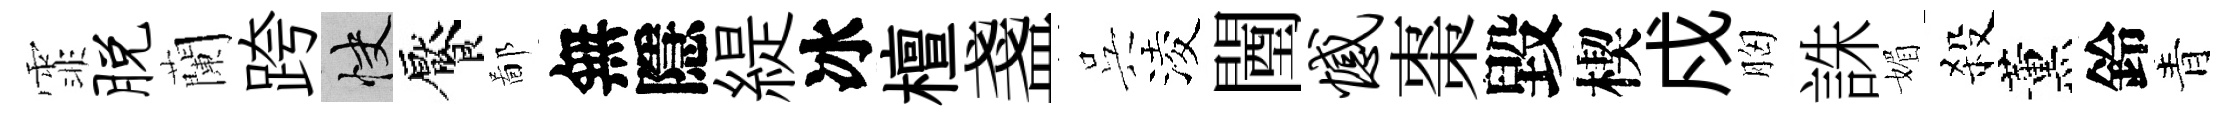
霏脱蘭跨快饜鄙無隱緹冰檀盞呉淩闉憾棗毀楔戍胸誅媚殺薰鈴青